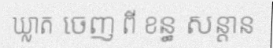
ឃ្លាត ចេញ ពី ខន្ធ សន្តាន